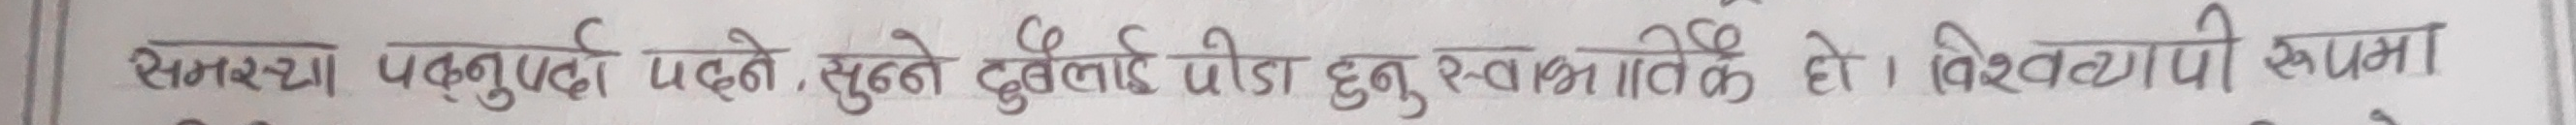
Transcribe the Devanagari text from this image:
समस्या पर्नुपर्दा सुन्ने दुबैलाई पीडा हुनु स्वभाविक हो। विश्वव्यापी रुपमा